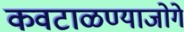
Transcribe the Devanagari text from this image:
कवटाळण्याजोगे